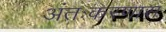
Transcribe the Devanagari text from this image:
अंतःकरणास